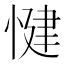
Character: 𱞻